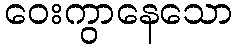
ဝေးကွာနေသော